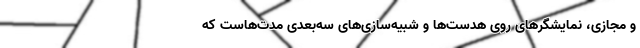
و مجازی، نمایشگرهای روی هدست‌ها و شبیه‌سازی‌های سه‌بعدی مدت‌هاست که